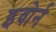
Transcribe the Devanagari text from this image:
इवोर्न